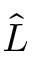
\hat { L }